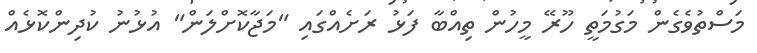
މަސްތުވެގެން މަގުމަތީ ހޫރޭ މީހުން ތިއްބާ ފަޅު ރަށެއްގައި "މަޖާކޮށްލަން" އުޅުނު ކުދިންކޮޅެއް